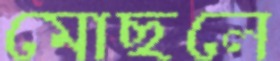
মোছলে